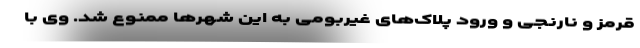
قرمز و نارنجی و ورود پلاک‌های غیربومی به این شهرها ممنوع شد. وی با